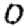
Digit: 0